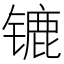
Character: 𰾲